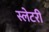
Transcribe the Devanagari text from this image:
स्लेटरी